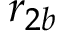
r _ { 2 b }